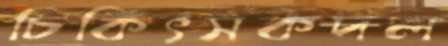
চিকিৎসকদল